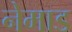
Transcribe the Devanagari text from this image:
नेमाड